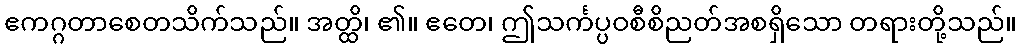
ဧကဂ္ဂတာစေတသိက်သည်။ အတ္ထိ၊ ၏။ ဧတေ၊ ဤသင်္ကပ္ပဝစီစိညတ်အစရှိသော တရားတို့သည်။